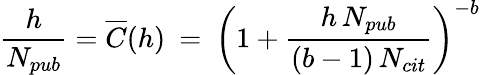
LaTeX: \frac{h}{N_{pub}}=\overline{{C}}(h)\: =\: \left(1+\frac{h\, N_{pub}}{(b-1)\, N_{cit}}\right)^{-b}